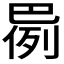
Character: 𫶸